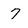
Character: 7